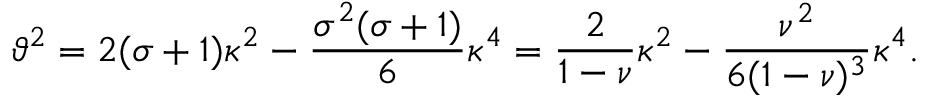
\vartheta ^ { 2 } = 2 ( \sigma + 1 ) \kappa ^ { 2 } - \frac { \sigma ^ { 2 } ( \sigma + 1 ) } { 6 } \kappa ^ { 4 } = \frac { 2 } { 1 - \nu } \kappa ^ { 2 } - \frac { \nu ^ { 2 } } { 6 ( 1 - \nu ) ^ { 3 } } \kappa ^ { 4 } .